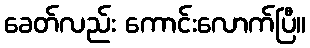
ခေတ်လည်း ကောင်းလောက်ပြီ။